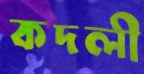
কদলী